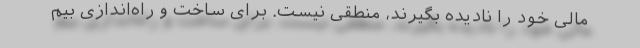
مالی خود را نادیده بگیرند، منطقی نیست. برای ساخت و راه‌اندازی بیم